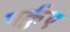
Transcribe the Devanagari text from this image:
पर्क़ुए